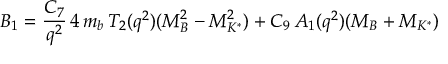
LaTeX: B _ { 1 } = { \frac { C _ { 7 } } { q ^ { 2 } } } \, 4 \, m _ { b } \, T _ { 2 } ( q ^ { 2 } ) ( M _ { B } ^ { 2 } - M _ { K ^ { * } } ^ { 2 } ) + C _ { 9 } \, A _ { 1 } ( q ^ { 2 } ) ( M _ { B } + M _ { K ^ { * } } )